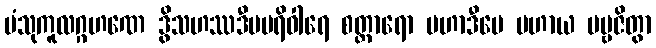
ပံသုကူလဂ္ဂဟဏေ ဒွိသဟဿဒီပပရိဝါရေ စတ္တာရော မဟာဒီပေ ပဟာယ ပဗ္ဗဇိတွာ